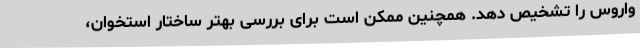
واروس را تشخیص دهد. همچنین ممکن است برای بررسی بهتر ساختار استخوان،